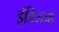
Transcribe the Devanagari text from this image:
इंडिजचा